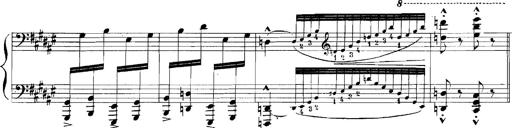
Title: Rhapsodies hongroises
Composer: Franz Liszt